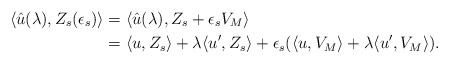
\begin{align*}\langle \hat{u}(\lambda), Z_{s}(\epsilon_{s}) \rangle &= \langle \hat{u}(\lambda), Z_{s} + \epsilon_{s} V_M \rangle \\&= \langle u , Z_{s} \rangle + \lambda \langle u' , Z_{s} \rangle + \epsilon_{s}(\langle u, V_M \rangle + \lambda \langle u', V_M \rangle). \end{align*}